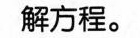
解方程。